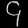
Digit: ၄